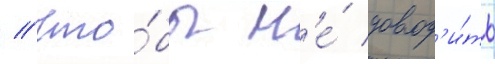
// Что́бы н'е́ довод'и́ть